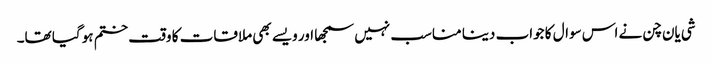
شی یان چن نے اس سوال کا جواب دینا مناسب نہیں سمجھا اور ویسے بھی ملاقات کا وقت ختم ہو گیا تھا۔